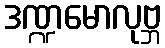
ဒဏ္ဍမောလုဗ္ဘ